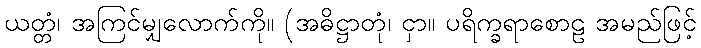
ယတ္တံ၊ အကြင်မျှလောက်ကို။ (အဓိဋ္ဌာတုံ၊ ငှာ။ ပရိက္ခရာစောဠ အမည်ဖြင့်